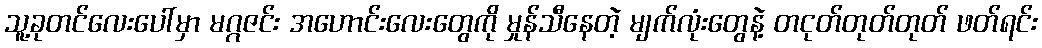
သူ့ခုတင်လေးပေါ်မှာ မဂ္ဂဇင်း အဟောင်းလေးတွေကို မှုန်သီနေတဲ့ မျက်လုံးတွေနဲ့ တငုတ်တုတ်တုတ် ဖတ်ရင်း